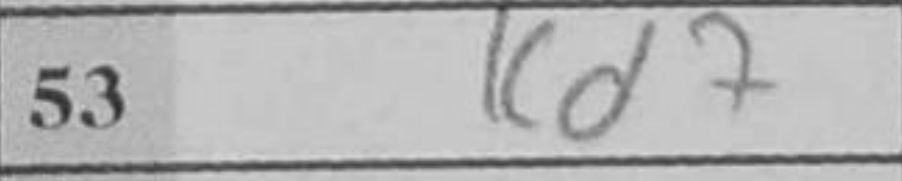
Transcription: Kd7